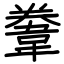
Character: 韏